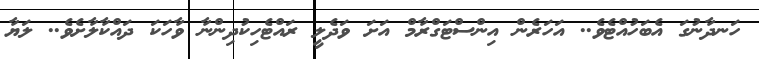
ހަނދާނުގަ އެބަހުއްޓެވެ.. އަހަރެން އިންސްޓަގްރާމް އަށަ ވަދެލީ ރައްޓެހިކުދިންނާ ވާހަކަ ދައްކާލާށެވެ.. ލަޔާ